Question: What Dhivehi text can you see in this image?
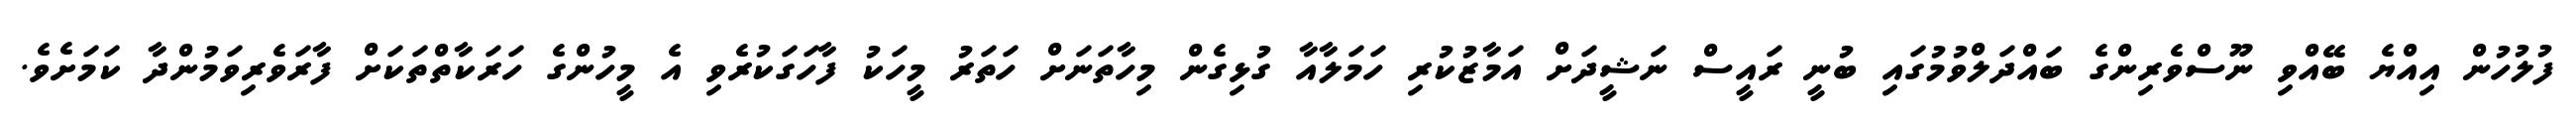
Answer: ފުލުހުން އިއްޔެ ބޭއްވި ނޫސްވެރިންގެ ބައްދަލްވުމުގައި ބުނީ ރައީސް ނަޝީދަށް އަމާޒުކުރި ހަމަލާއާ ގުޅިގެން މިހާތަނަށް ހަތަރު މީހަކު ފާހަގަކުރެވި އެ މީހުންގެ ހަރަކާތްތަކަށް ފާރަވެރިވަމުންދާ ކަމަށެވެ.